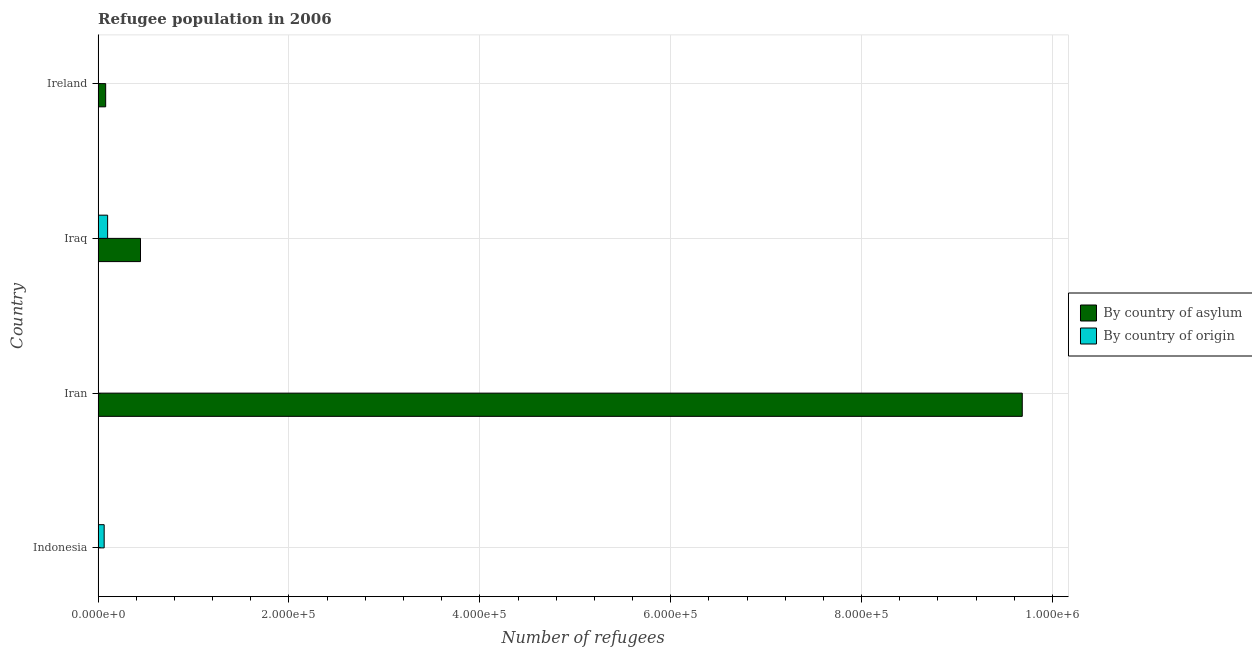
| Country | By country of asylum | By country of origin |
 | --- | --- | --- |
 | Indonesia | 301 | 6.34e+03 |
 | Iran | 9.68e+05 | 114 |
 | Iraq | 4.44e+04 | 9.96e+03 |
 | Ireland | 7.92e+03 | 91 |